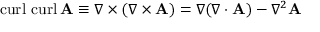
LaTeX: \operatorname { c u r l } \, \operatorname { c u r l } \mathbf { A } \equiv \nabla \times ( \nabla \times \mathbf { A } ) = \nabla ( \nabla \cdot \mathbf { A } ) - \nabla ^ { 2 } \mathbf { A }